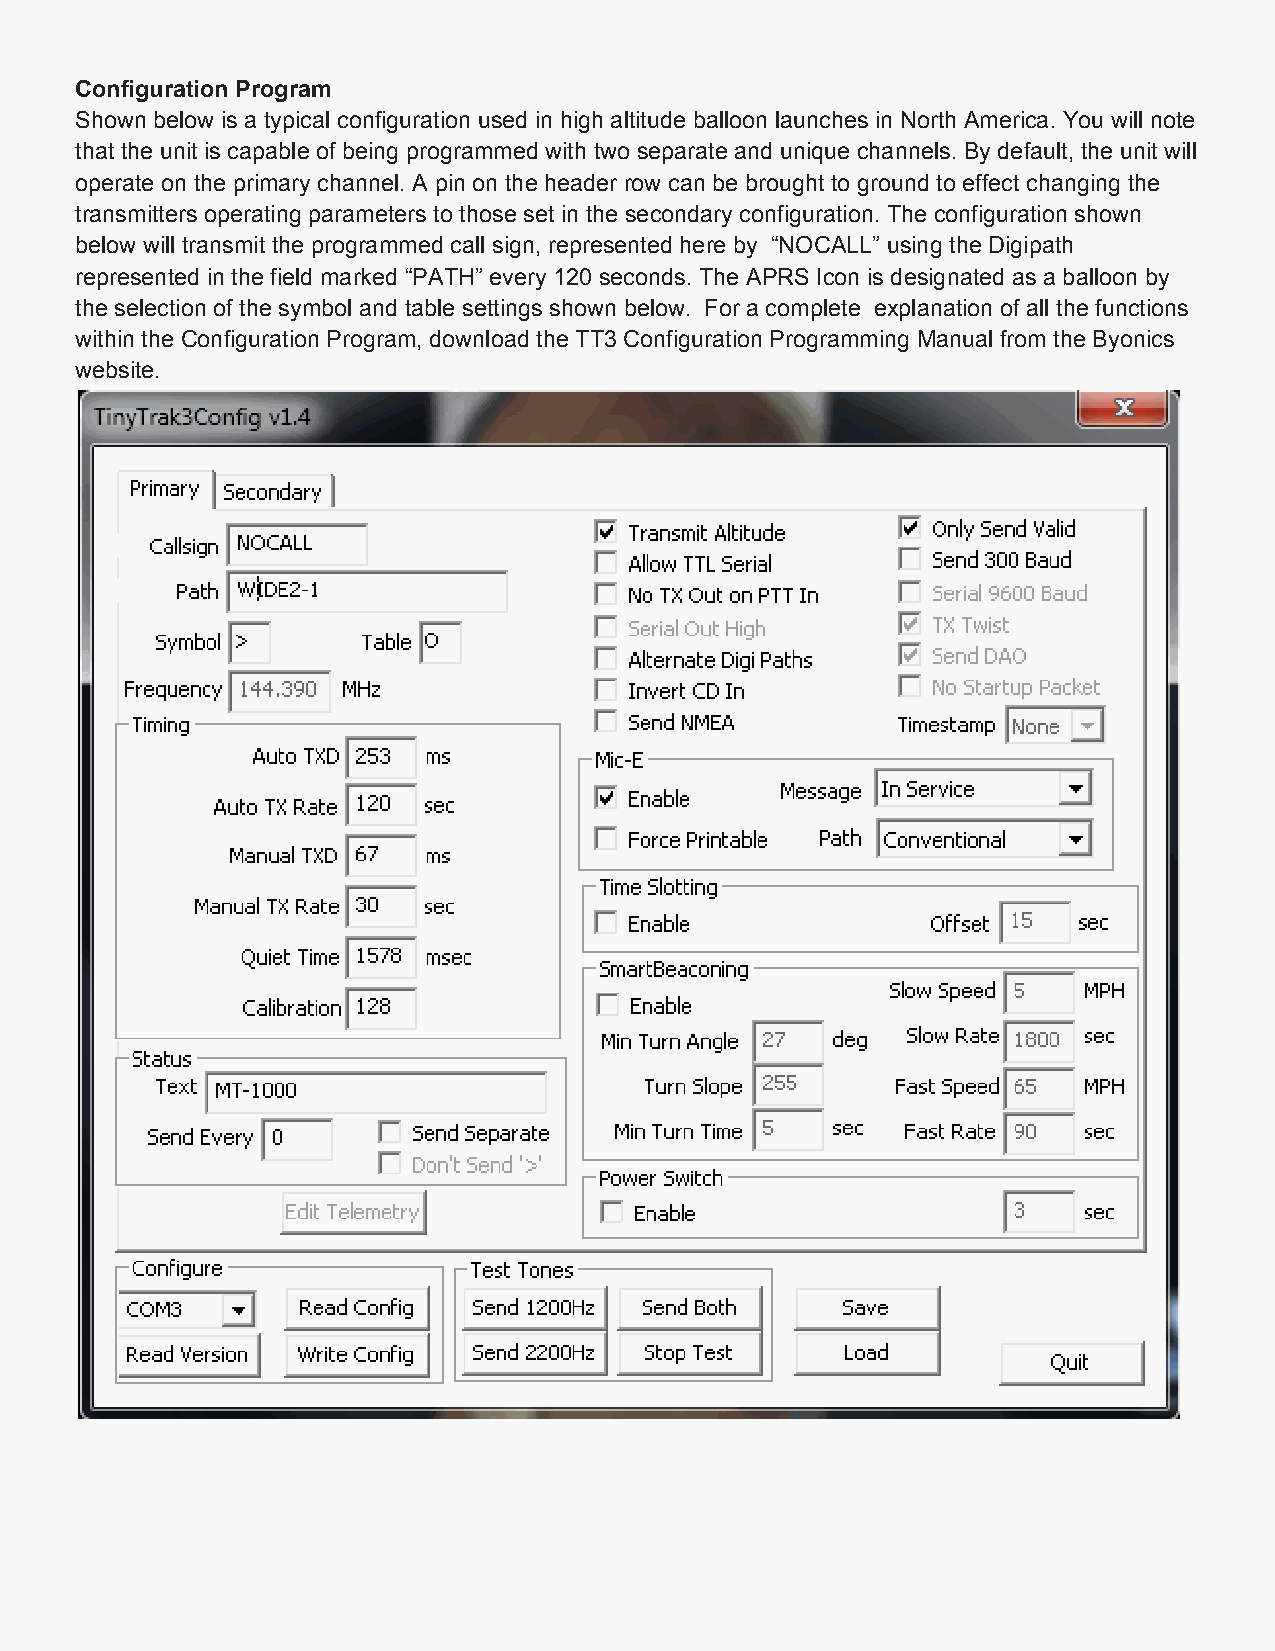
Configuration Program
 Shown below is a typical configuration used in high altitude balloon launches in North America. You will note
 that the unit is capable of being programmed with two separate and unique channels. By default, the unit will
 operate on the primary channel. A pin on the header row can be brought to ground to effect changing the
 transmitters operating parameters to those set in the secondary configuration. The configuration shown
 below will transmit the programmed call sign, represented here by “NOCALL” using the Digipath
 represented in the field marked “PATH” every 120 seconds. The APRS Icon is designated as a balloon by
 the selection of the symbol and table settings shown below. For a complete explanation of all the functions
 within the Configuration Program, download the TT3 Configuration Programming Manual from the Byonics
 website.